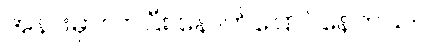
အနားမှာလာပြီး နောက်ပြောင်နေတယ်။